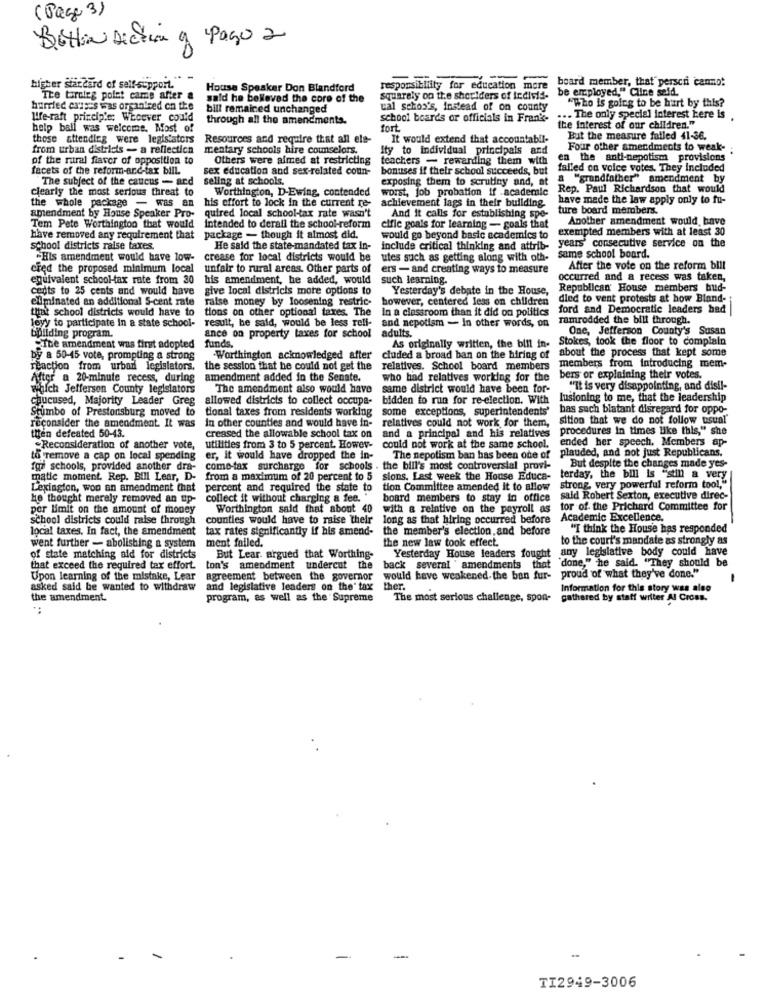
(Page 3)
Botta Diceva y Pago 2
-
===
board member, that perscri cammot
higher standard of self-support.
House Speaker Don Blandford
responsibility for education more
be employed." Cline said.
The truleg polet came after a
said he belleved the core of the
squarely on the shoulders of Individ-
"Who is going to be hart by this?
burried exzess was organised on the
bill remained unchanged
cal schon's, instead of on county
We-raft princip'e: Whoever could
through all the amendments.
school boards or officials in Frank-
... The only special interest here is
help ball was welcome. Most of
fort
the Interest of our children."
those attending were legislators
Resources and require that all ele-
It would extend that accountabll-
But the measure fatled 41-36.
from urban districts - a reflection
mentary schools hire counselors.
Ity to individual principals and
Four other amendments to weak-
of the rural fiaver of opposition to
Others were aimed at restricting
teachers - rewarding them with
en the anti-nepotism provisions
facets of the reform-arc-tax bill.
sex education and sex-related coun-
bonuses if their school succeeds, but
falled on voice votes. They Included
The subject of the caucus - ard
seling at schools.
exposing them to scrutiny and, at
"grandfather" amendment by
clearly the most serious threat to
Worthington, D-Ewing, contended
worst, job probation if academic
Rep. Paul Richardson that would
his effort to lock in the current re-
achievement lags in their building.
have made the law apply only to fu-
the whole package - was an
ture board members.
amendment by House Speaker Pro-
quired local school-tax rate wasn't
And it calls for establishing spe-
Another amendment would, have
Tem Pete Worthington that would
intended to derall the school-reform
cific goals for learning - goals that
exempted members with at least 30
have removed any requirement that
package - though it almost did.
would go beyond basic academics to
school districts raise taxes.
He said the state-mandated tax in-
include critical thinking and attrib-
years' consecutive service on the
-His amendment would have low-
crease for local districts would be
utes such as getting along with oth-
same school board.
cred the proposed minimum local
unfair to rural areas. Other parts of
ers - and creating ways to measure
After the vote on the reform bill
equivalent school-tax rate from 30
his amendment, he added, would
such learning.
occurred and a recess was taken,
cents to 25 cents and would have
give local districts more options to
Yesterday's debate in the House,
Republican House members bud-
eliminated an additional 5-cent rate
raise money by loosening restric- however, centered less on children
dled to vent protests at how Bland-
tifait school districts would have to
tions on other optional taxes. The
In a classroom than it did on politics
ford and Democratic leaders had |
ramrodded the bill through.
building program.
leyy to participate In a state school-
result, he said, would be less reli-
and nepotism - In other words, on
adults.
One, Jefferson County's Susan
ance on property taxes for school
Stokes, took the floor to complain
"The amendment was first adopted
funds.
As originally written, the bill in-
about the process that kept some
by a 50-45 vote, prompting a strong
-Worthington acknowledged after
cluded a broad ban on the hiring of
members from introducing mem-
reaction from urban legislators.
the session that he could not get the
relatives. School board members
After a 20-minute recess, during
amendment added in the Senate.
who had relatives working for the
bers or explaining their votes.
walch Jefferson County legislators
The amendment also would have
same district would have been for-
"It is very disappointing, and disil-
Chucused, Majority Leader Greg
allowed districts to collect occupa-
bidden to run for re-election. With
lusioning to me, that the leadership
Srumbo of Prestonsburg moved to
tional taxes from residents working
some exceptions, superintendents'
bas such blatant disregard for oppo-
in other counties and would have in-
relatives could not work for them,
sition that we do not follow usual
reconsider the amendment. It was
creased the allowable school tax on
procedures In times like this," she
tten defeated 50-43.
and a principal and his relatives
ended her speech, Members ap-
Reconsideration of another vote,
utilities from 3 to 5 percent. Howev-
could not work at the same school.
plauded, and not just Republicans.
to remove a cap on local spending
er, it would have dropped the in-
The nepotism ban has been one of
for schools, provided another dra-
come-tax surcharge for schools . the bill's most controversial provi-
But despite the changes made yes-
matie moment. Rep. Bill Lear, D-
from a maximum of 20 percent to 5 sions. Last week the House Educa-
terday, the bill is "stin a very
Lexington, won an amendment that
percent and required the state to
tion Committee amended it to allow
strong, very powerful reform tool,"
he thought merely removed an up- collect it without charging a fee."
board members to stay in office
said Robert Sexton, executive direc-
per limit on the amount of money
Worthington said that about 40
with a relative on the payroll as
tor of the Prichard Committee for
school districts could raise through
counties would have to raise their
long as that hiring occurred before
Academic Excellence.
local taxes. In fact, the amendment tax rates significantly if his amend-
the member's election, and before
"I think the House has responded
the new law took effect.
to the court's mandate as strongly as
went further - abolishing a system ment failed.
any legislative body could have
of state matching aid for districts
But Lear. argued that Worthing-
Yesterday House leaders fought
"done," he said. "They should be
that exceed the required tax effort.
ton's amendment undercut the
back several ' amendments that
would have weakened.the ban fur- proud of what they've done."
Upon learning of the mistake, Lear
agreement between the governor
-
asked said he wanted to withdraw
and legislative leaders on the' tax
ther.
Information for this story was also
the amendment.
program, as well as the Supreme
The most serious challenge, spon- gathered by staff writer Al Cross.
*:
-
TI2949-3006